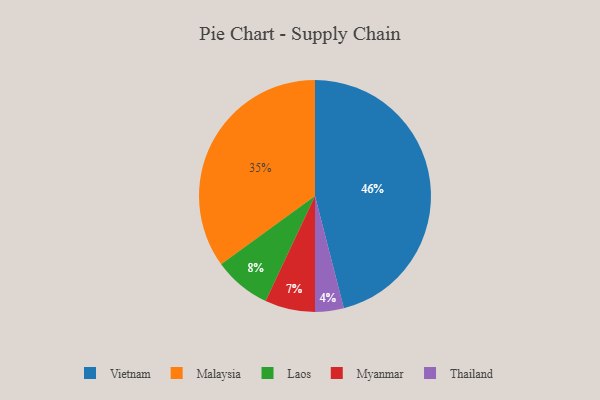
{"axis": {"x": "Category", "y": "Percentage"}, "legend": ["Laos", "Malaysia", "Myanmar", "Thailand", "Vietnam"], "data": [{"x": "Vietnam", "y": 46, "type": "Vietnam"}, {"x": "Laos", "y": 8, "type": "Laos"}, {"x": "Thailand", "y": 4, "type": "Thailand"}, {"x": "Myanmar", "y": 7, "type": "Myanmar"}, {"x": "Malaysia", "y": 35, "type": "Malaysia"}]}